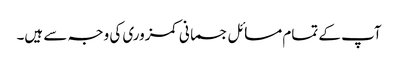
آپ کے تمام مسائل جسمانی کمزوری کی وجہ سے ہیں۔